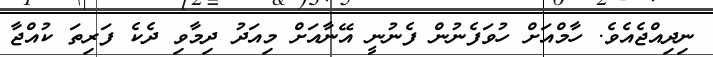
ނިދިއްޖެއެވެ. ހާމްއަށް ހުވަފެނުން ފެނުނީ އޭނާއަށް މިއަދު ދިމާވި ދެކެ ފަރިތަ ކުއްޖާ